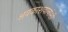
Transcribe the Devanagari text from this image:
अवकाशयानांशी